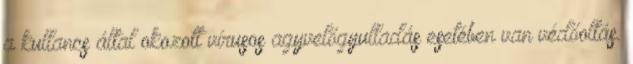
a kullancs által okozott vírusos agyvelőgyulladás esetében van védőoltás.